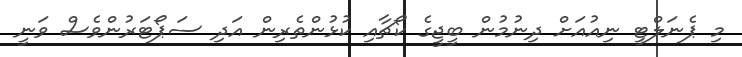
މި ޕެނަލްޓީ ނިއުއަށް ދިނުމުން ބީޖީގެ ކޯޗާއި ކުޅުންތެރިން އަދި ސަޕޯޓަރުންވެސް ވަނީ